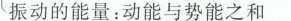
振动的能量：动能与势能之和